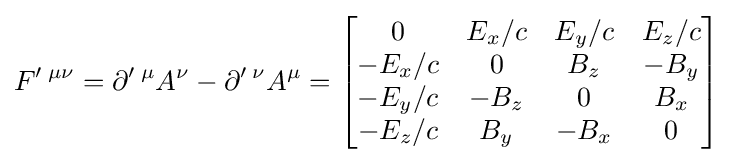
F'\,^{\mu \nu }=\partial '\,^{\mu }A^{\nu }-\partial '\,^{\nu }A^{\mu }={\begin{bmatrix}0&E_{x}/c&E_{y}/c&E_{z}/c\\-E_{x}/c&0&B_{z}&-B_{y}\\-E_{y}/c&-B_{z}&0&B_{x}\\-E_{z}/c&B_{y}&-B_{x}&0\end{bmatrix}}